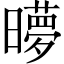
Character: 𬁜